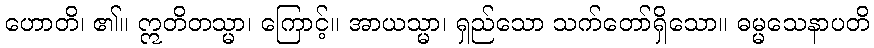
ဟောတိ၊ ၏။ ဣတိတသ္မာ၊ ကြောင့်။ အာယသ္မာ၊ ရှည်သော သက်တော်ရှိသော။ ဓမ္မသေနာပတိ